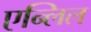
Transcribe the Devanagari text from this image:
एन्लिल